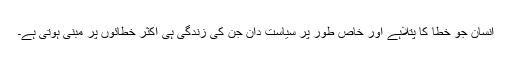
انسان جو خطا کا پتلاہے اور خاص طور پر سیاست دان جن کی زندگی ہی اکثر خطائوں پر مبنی ہوتی ہے۔